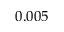
0 . 0 0 5